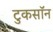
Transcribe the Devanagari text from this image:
टुकसॉन